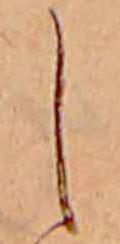
し